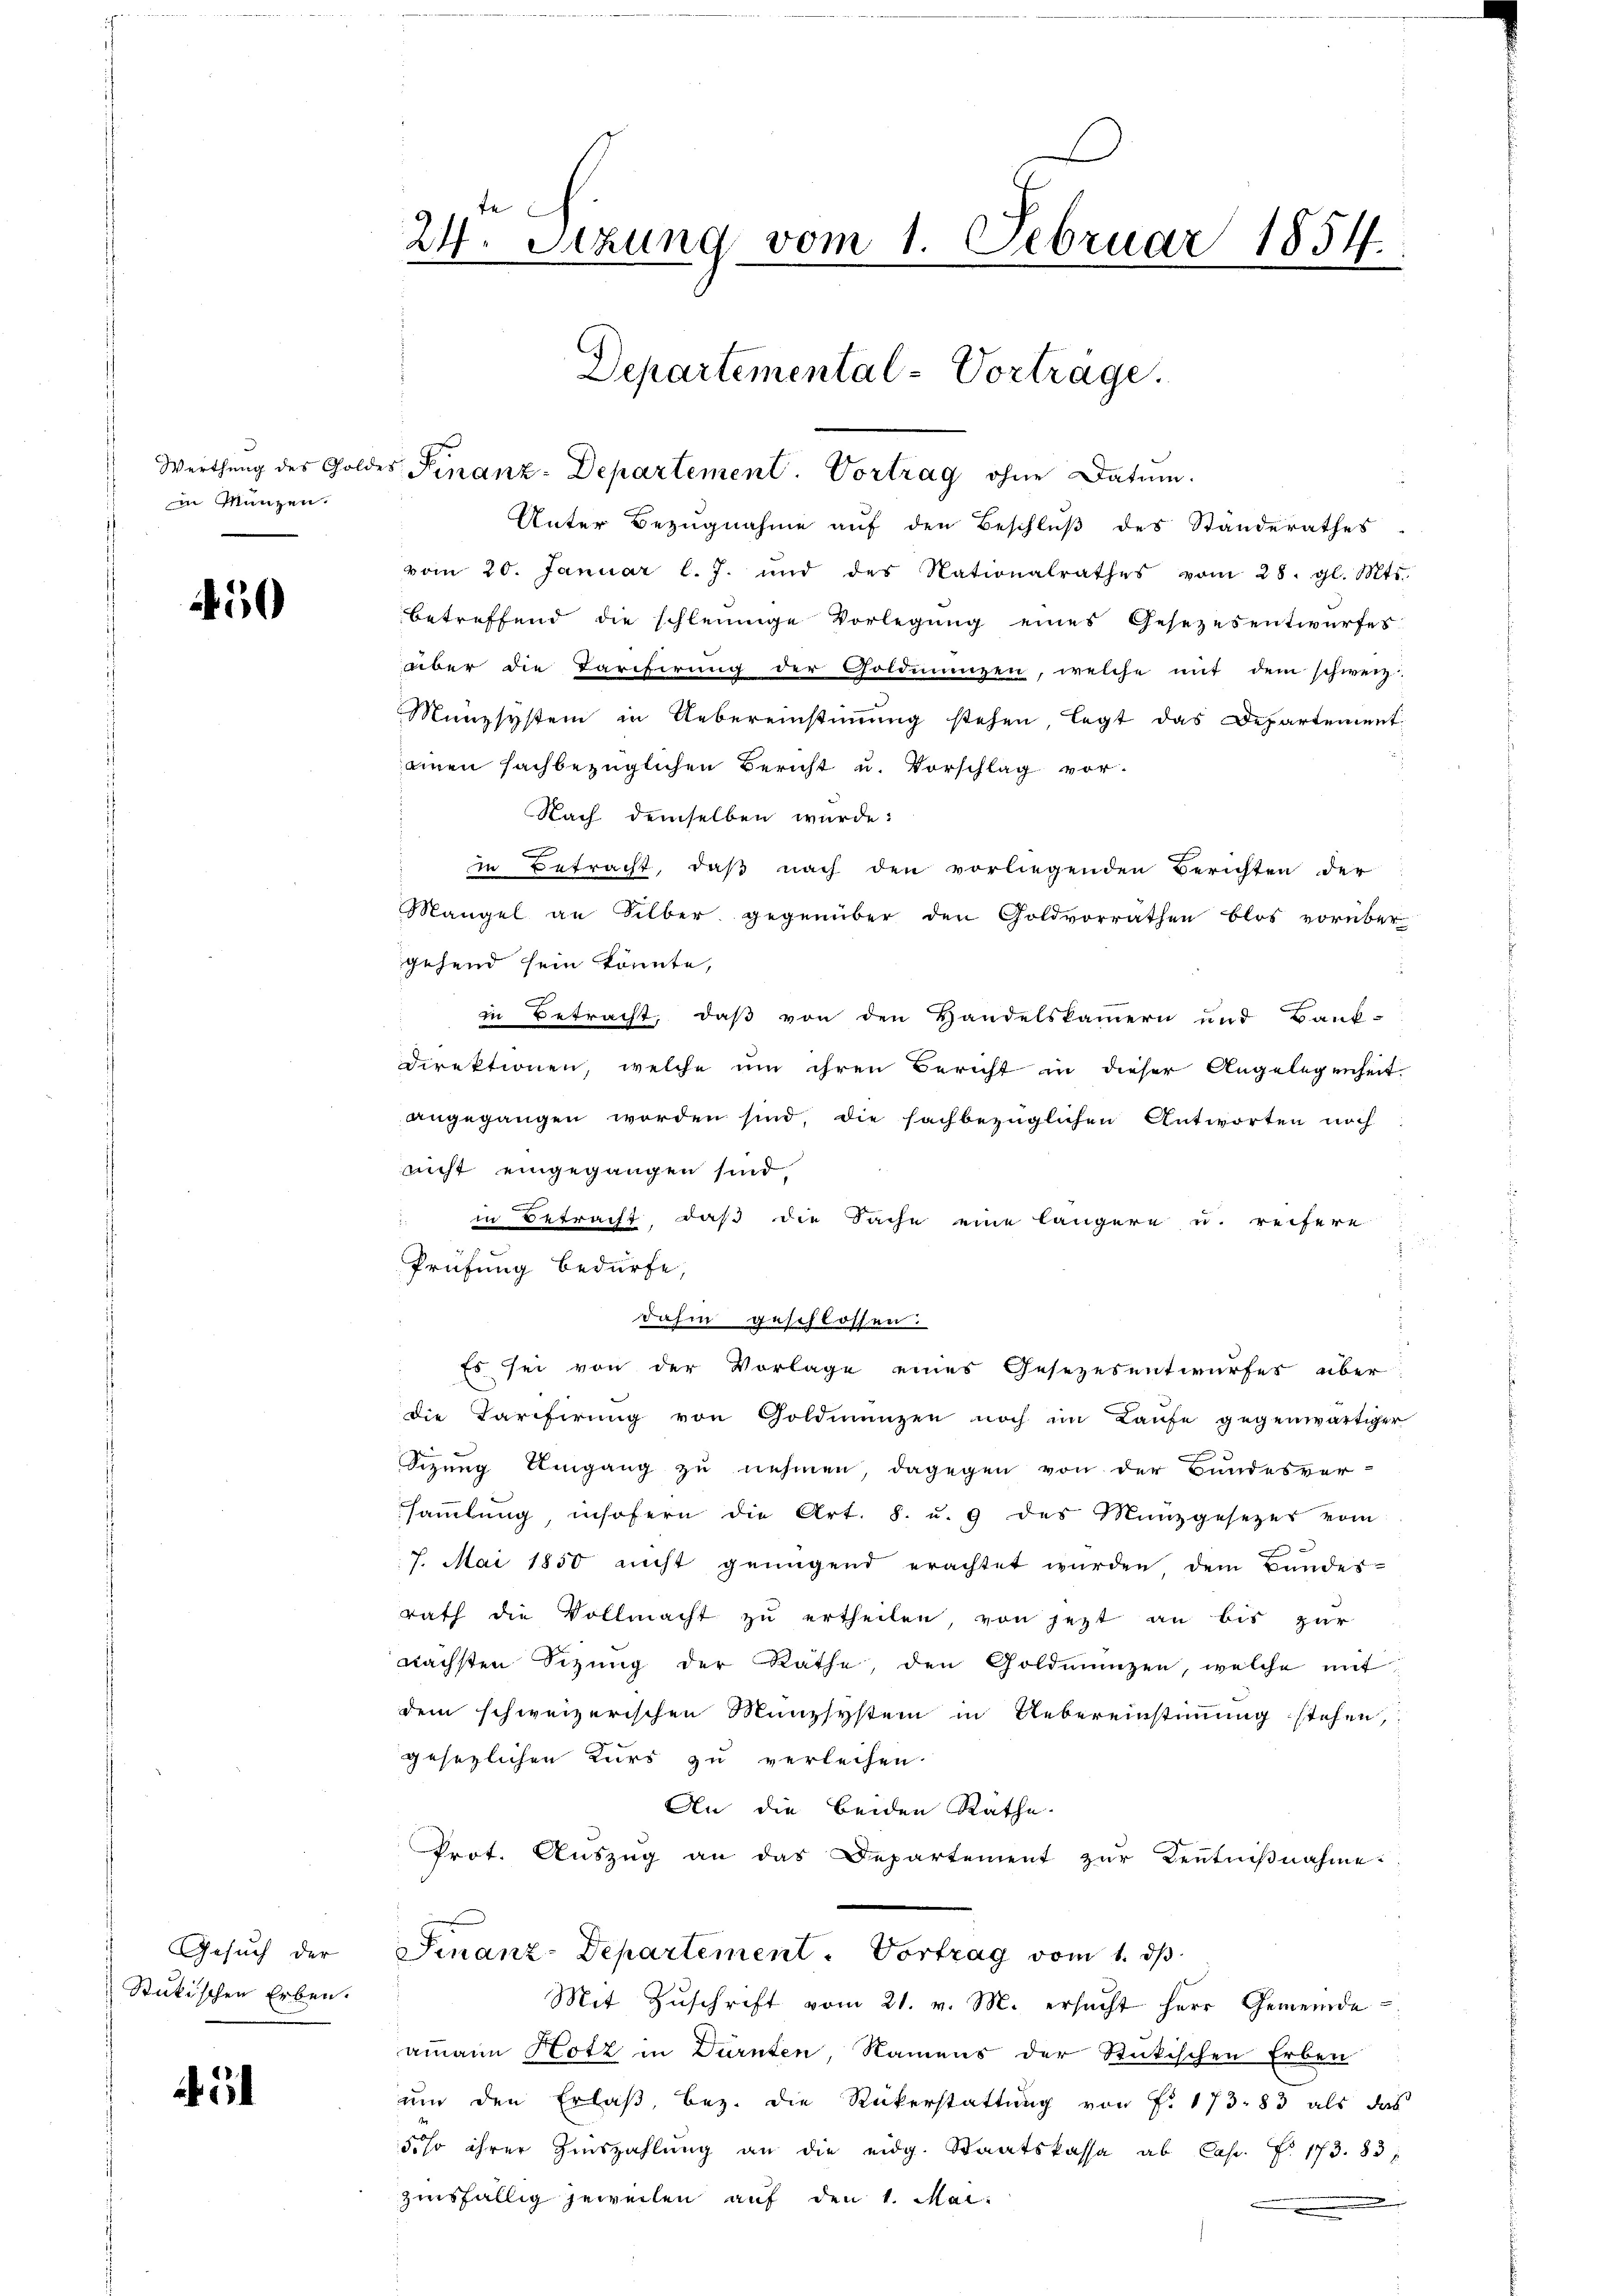
in Münzen.

450

Gesuch der
Stückischen Erben.

4

24. Setzung vom 1. Februar 1854.

Werthung des Goldes Finanz-Departement. Vortrag ohne Datum.
Unter Bezŭgnahme aŭf den Beschlŭβ des Standerathes
vom 20. Januar l. J. und des Nationalrathes vom 28. gl. Mts.
betreffend die schleinige Vorlegung eines Gesetzesentwurfes
über die Tarifirung der Goldinanzen, welche mit dem schweiz.
Münzsystem in Uebereinstimmung stehen, legt das Departement
einen sachbezüglichen Bericht u. Vorschlag vor.
Nach demselben würde:
in Betracht, daß nach den vorliegenden Berichten der
Mangel an Silber gegenüber den Goldvorrathen blos vorüber
gehend sein könnte,
in Betracht, daß von den Handelskammern und Bank-
Direktionen, welche um ihren Bericht in dieser Angelegenheit
angegangen worden sind, die sachbezüglichen Antworten noch
nicht eingegangen sind.
in Betracht, daß die Sache eine längere u. reifere
J
dahin geschlossen.
Es sei von der Vorlage eines Gesetzesentwurfes über
die Tarifirung von Goldmünzen noch im Laufe gegenwärtiger
Sizung Umgang zu nehmen, dagegen von der Bundesver-
saṁlŭng, insofern die Art. 8. u. 9 des Münzgesetzes vom
3
7. Mai 1850 nicht genügend erachtet wurden dem Bundes-
rath die Vollmacht zŭ ertheilen, von jezt an bis zur
nächsten Sitzung der Rathe, den Goldmünzen, welche mit
dem schweizerischen Münzsystem in Uebereinstimmung stehen,
gesezlichen Kurs zu verleihen.
An die beiden Rathe
Prot. Auszug an das Departement zŭr Kenntniβnahme.
Finanz-Departement. Vortrag vom 1. ds.
Mit Zŭschrift vom 21. v. M. ersŭcht herr Gemeinde-
ammann Hotz in Dürnten, Namens der Stückischen Erben
um den Erlaß, bez. die Rückerstattung von Fr. 173. 83 als das
5.so ihrer Zinszahlŭng an die eidg. Staatskassa ab Cap. Nr. 173. 83,
zinsfällig jeweilen auf den 1. Mai
.

Departemental-Vorträge.

Prüfung bedürfe,